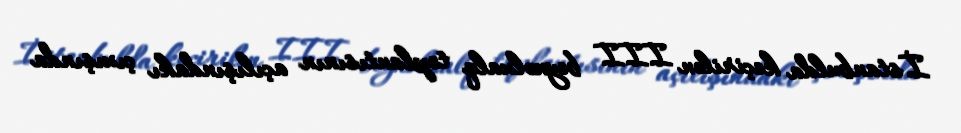
İstanbulda keçirilən III beynəlxalq toplantısının açılışındakı çıxışında